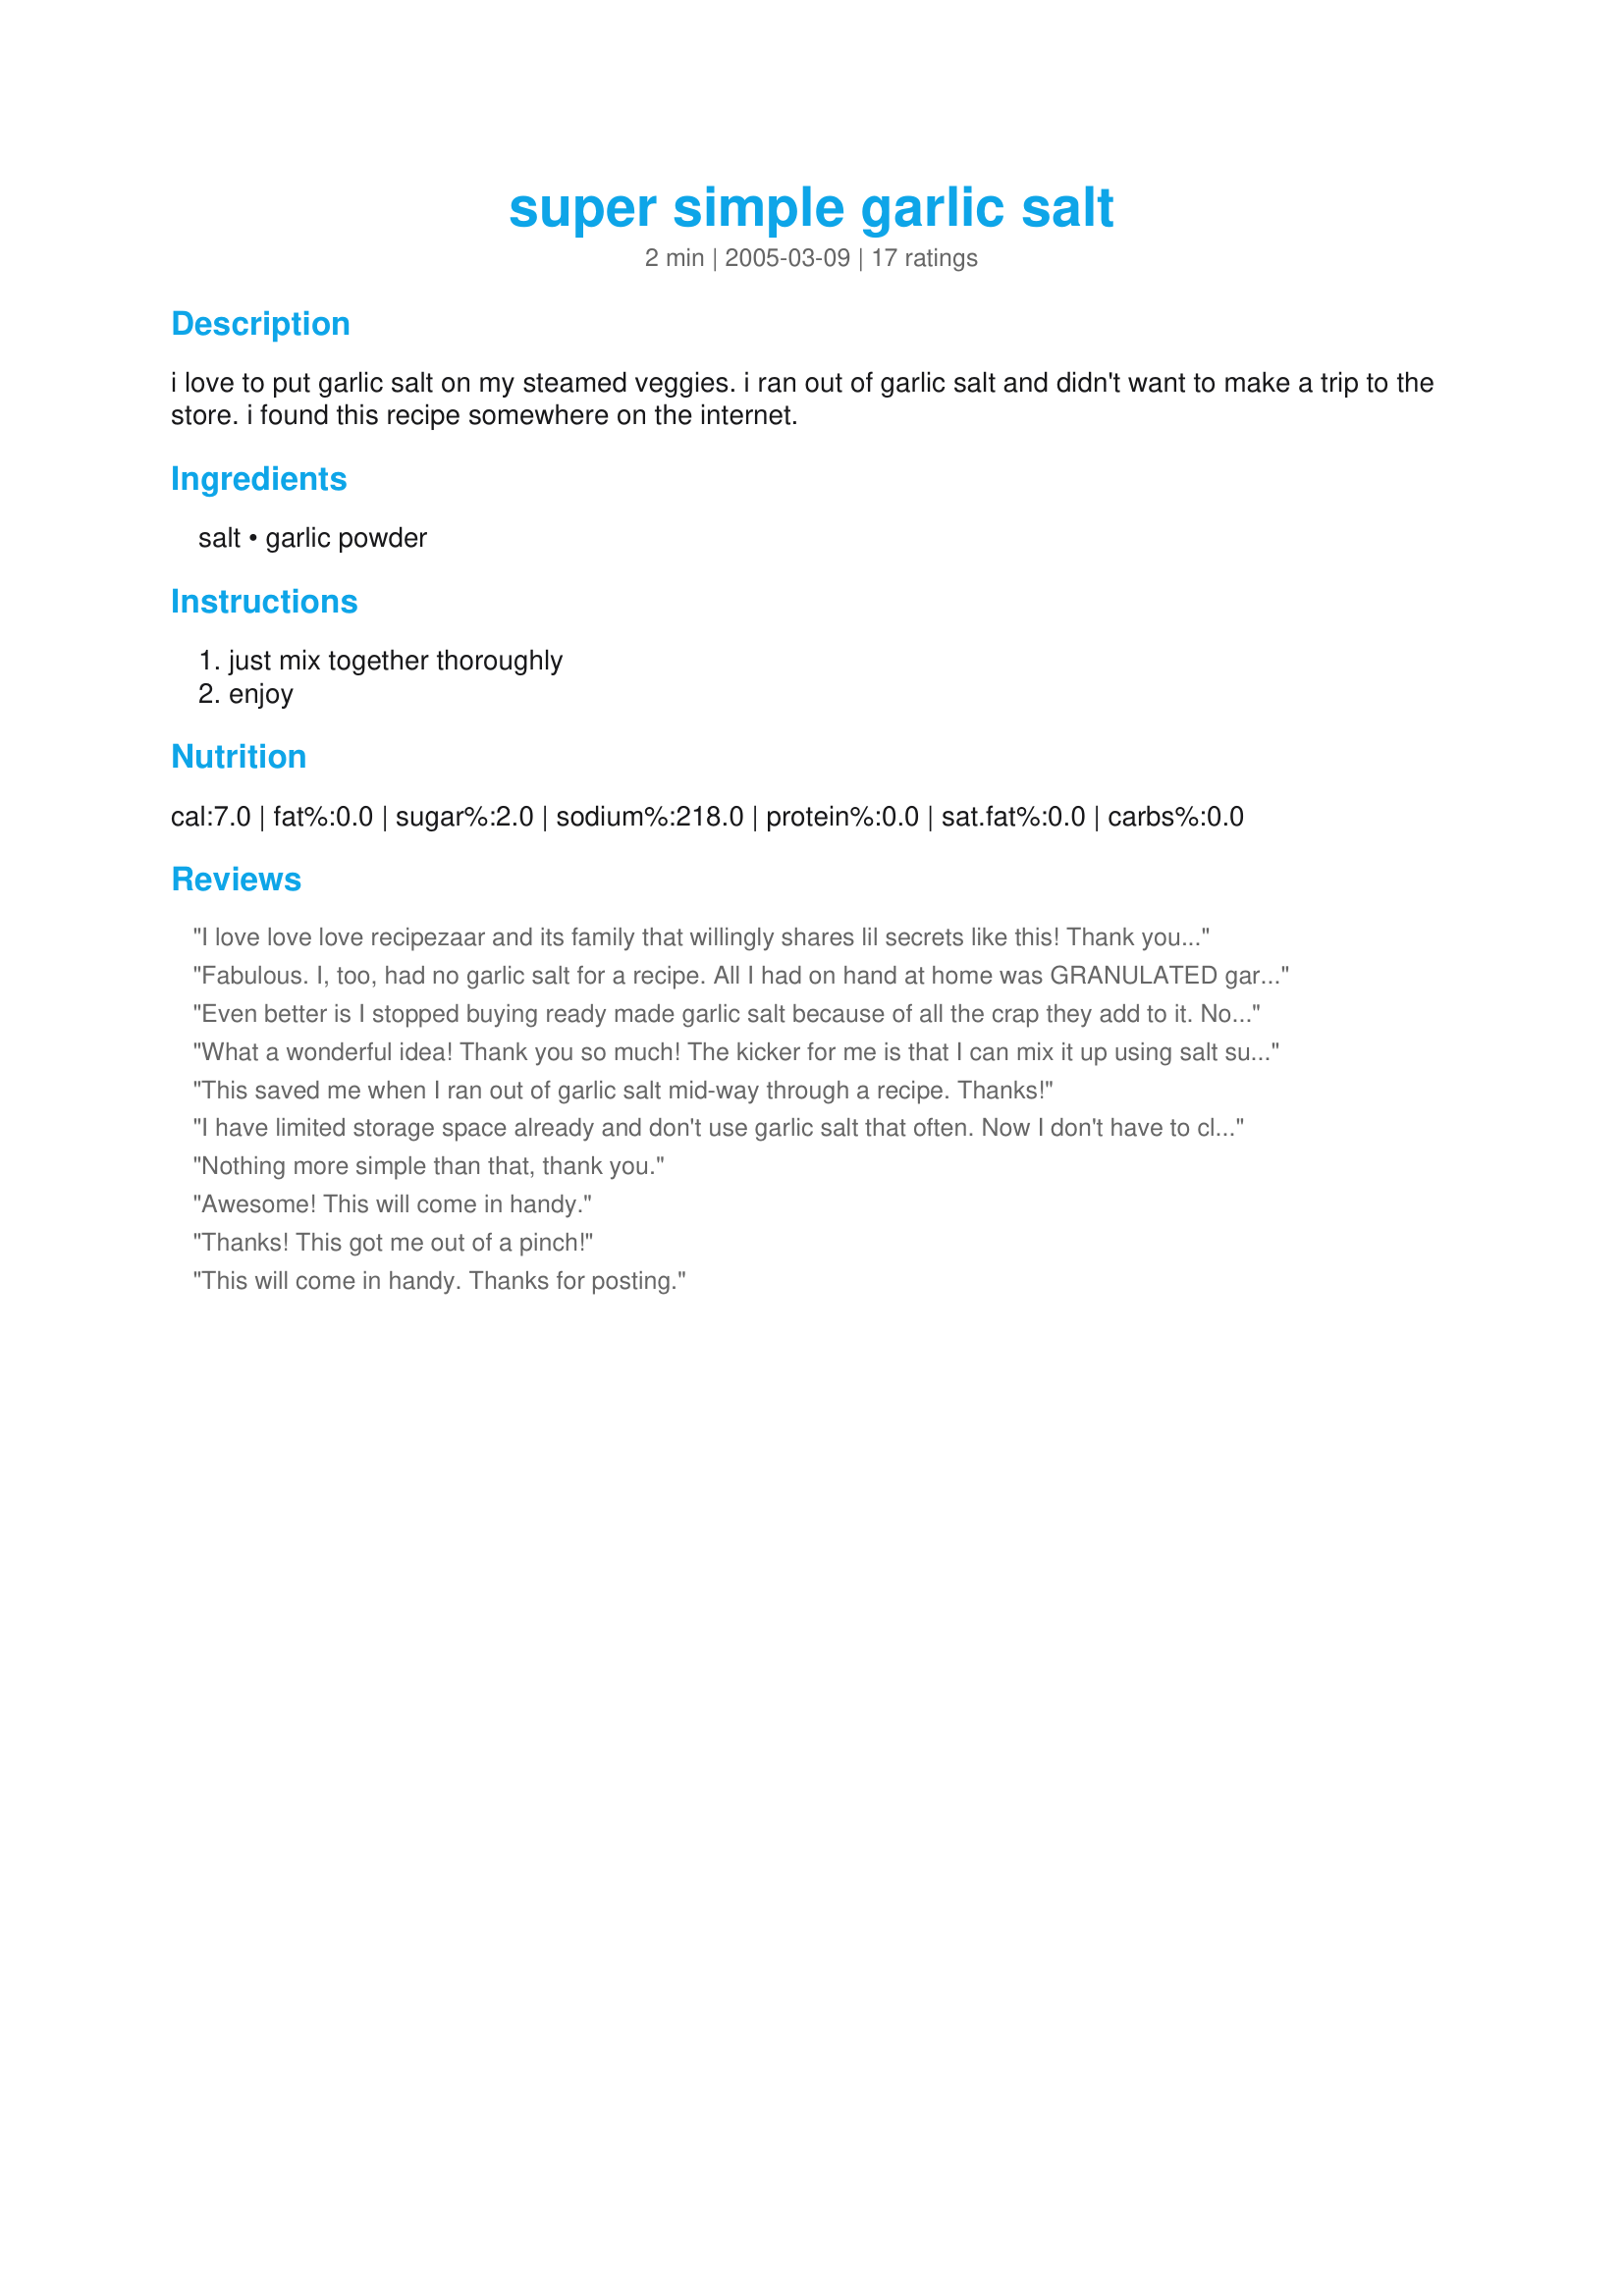
super simple garlic salt
Preparation time: 2 minutes

i love to put garlic salt on my steamed veggies. i ran out of garlic salt and didn't want to make a trip to the store. i found this recipe somewhere on the internet.

Ingredients:
salt, garlic powder

Steps:
just mix together thoroughly, enjoy

Reviews:
I love love love recipezaar and its family that willingly shares lil secrets like this! Thank you for posting! It came in wonderfully handy!
Fabulous. I, too, had no garlic salt for a recipe. All I had on hand at home was GRANULATED garlic and Kosher salt. Worked perfectly. The coarseness of both items works well. Thanks so much! I'll never waste money on garlic salt in the store ever again!
Even better is I stopped buying ready made garlic salt because of all the crap they add to it. Now we can enjoy garlic salt again. Kids will be so happy we are having garlic bread tonight! :) thx!
What a wonderful idea! Thank you so much! The kicker for me is that I can mix it up using salt substitute :D
This saved me when I ran out of garlic salt mid-way through a recipe. Thanks!
I have limited storage space already and don't use garlic salt that often. Now I don't have to clutter the cabinet with an extra spice jar and I can make this up "fresh" when I need. The 3:1 ratio is spot on. Thanks.
Nothing more simple than that, thank you.
Awesome! This will come in handy.
Thanks! This got me out of a pinch!
This will come in handy. Thanks for posting.
I was very happy with using this! I hardly ever buy garlic salt and this worked out perfect for me. I used 2T salt- 1T garlic. Worked perfect. Thanks for posting!
chex mix in the oven finally ! 1st problem someone used all the butter, then it was the rice chex and finally worcestershire too low. That&#039;s why I came here to see if perhaps season salt was a recipie. Thank you ever so much!
ABSOLUTLY the PERFECT garlic salt..
I don't know why I've never played with making galic salt before..I don't buy it..now I can have it handy for use in recipes that call for it...THANK YOU
I was out of garlic salt and didn't have time to run to the store. I was so happy to find this recipe on 'zaar! It saved my recipe! Thanks for posting, this worked great!
Thank you! I had garlic salt on my shopping list and now I don't have to buy it!
So easy and what a life saver! Needed to use some garlic salt and I knew I was low but not completely out...made this and added some dried pasley to it. Thank you for posting. Made for 2013 Zaar Cookbook Tag game.
Why spend the money when the ingredients are probably already in your kitchen? I was making my Crockpot Party Mix 3 recipe #146786 when I realized there was no garlic salt in the house. I seldom use garlic salt and therefore don't normally have it on hand. This worked great!
